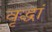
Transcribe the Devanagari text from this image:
वृद्धां